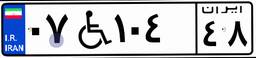
۶۳W۱۹۷۶۶